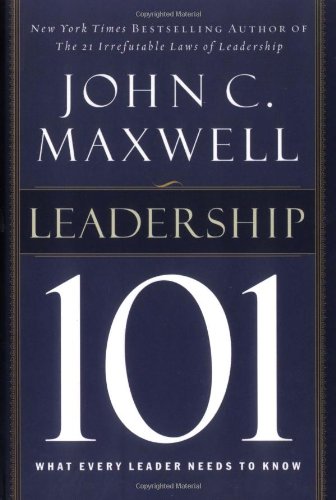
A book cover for Leadership 101: What Every Leader Needs to Know; John C. Maxwell; Christian Books & Bibles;